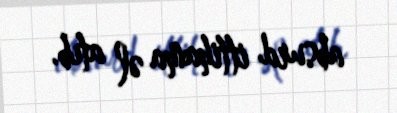
absurd ittihama əl atıb.